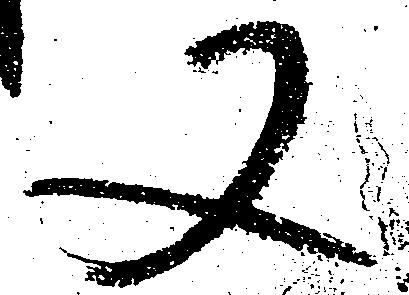
又